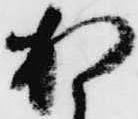
加